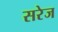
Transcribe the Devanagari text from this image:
सरेज